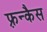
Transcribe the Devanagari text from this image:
फ़्रन्कैस